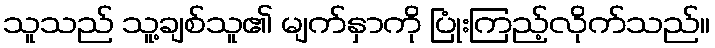
သူသည် သူ့ချစ်သူ၏ မျက်နှာကို ပြုံးကြည့်လိုက်သည်။